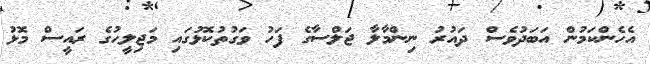
އެހެންކަމުން އަބަދުވެސް ދައުރު ނިންމާލާ ޖަލްސާގެ ފަހު ވަގުތުކޮޅުގައި މަޖިލީހުގެ ރައީސް މޮޅު